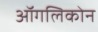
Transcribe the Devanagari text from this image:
ऑगलिकोन